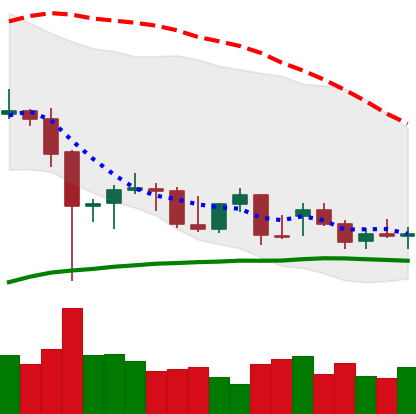
Ticker: BTC-USD
Chart end date: 2021-12-20
Forward return: 7.572%
Label: up_7plus